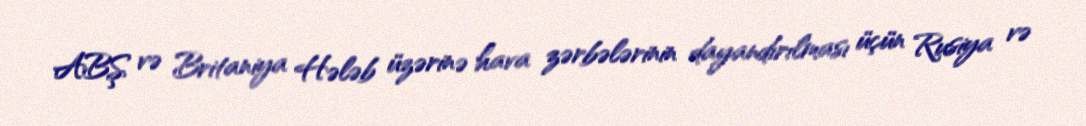
ABŞ və Britaniya Hələb üzərinə hava zərbələrinin dayandırılması üçün Rusiya və